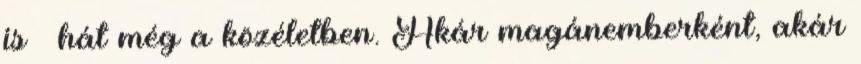
is – hát még a közéletben. Akár magánemberként, akár